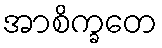
အာစိက္ခတေ